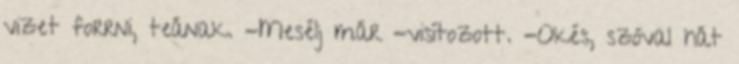
vizet forrni, teának. -Mesélj már -visítozott. -Okés, szóval hát